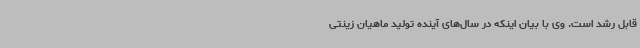
قابل رشد است. وی با بیان اینکه در سال‌های آینده تولید ماهیان زینتی